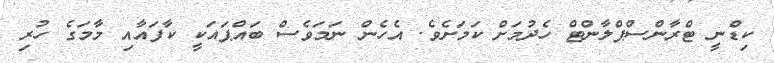
ކިޑްނީ ޓްރާންސްޕްލާންޓް ހެދުމަށް ކަމަށެވެ. އެހެން ނަމަވެސް ބައްޕައަކީ ކާފައާއި މާމަގެ ހުރި